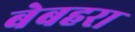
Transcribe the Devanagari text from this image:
बेबहरा